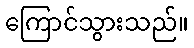
ကြောင်သွားသည်။